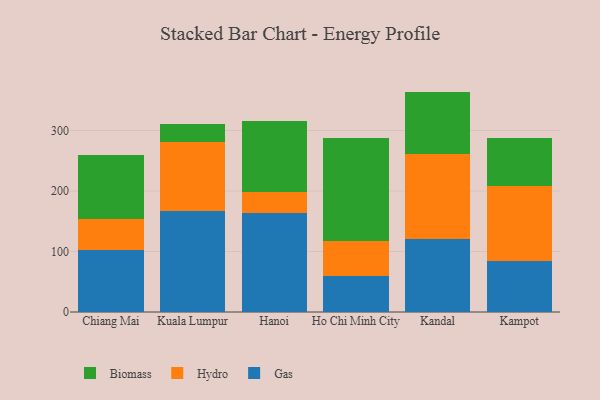
{"axis": {"x": "City", "y": "Production Output"}, "legend": ["Biomass", "Gas", "Hydro"], "data": [{"x": "Chiang Mai", "y": 103.1, "type": "Gas"}, {"x": "Chiang Mai", "y": 51.0, "type": "Hydro"}, {"x": "Chiang Mai", "y": 104.7, "type": "Biomass"}, {"x": "Kuala Lumpur", "y": 167.2, "type": "Gas"}, {"x": "Kuala Lumpur", "y": 113.5, "type": "Hydro"}, {"x": "Kuala Lumpur", "y": 30.4, "type": "Biomass"}, {"x": "Hanoi", "y": 163.0, "type": "Gas"}, {"x": "Hanoi", "y": 35.0, "type": "Hydro"}, {"x": "Hanoi", "y": 117.6, "type": "Biomass"}, {"x": "Ho Chi Minh City", "y": 59.2, "type": "Gas"}, {"x": "Ho Chi Minh City", "y": 57.9, "type": "Hydro"}, {"x": "Ho Chi Minh City", "y": 170.7, "type": "Biomass"}, {"x": "Kandal", "y": 120.9, "type": "Gas"}, {"x": "Kandal", "y": 140.4, "type": "Hydro"}, {"x": "Kandal", "y": 103.0, "type": "Biomass"}, {"x": "Kampot", "y": 84.1, "type": "Gas"}, {"x": "Kampot", "y": 124.5, "type": "Hydro"}, {"x": "Kampot", "y": 79.4, "type": "Biomass"}]}